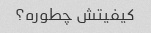
کیفیتش چطوره؟